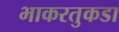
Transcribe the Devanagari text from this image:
भाकरतुकडा